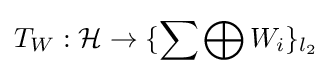
T_{W}:{\mathcal {H}}\rightarrow \{\sum \bigoplus W_{i}\}_{l_{2}}